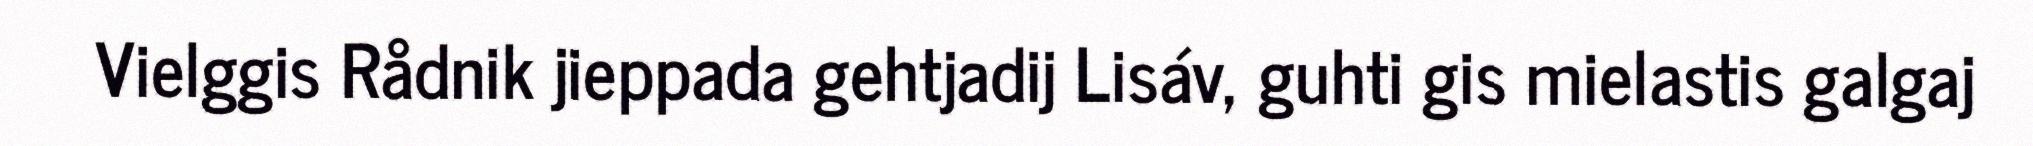
Vielggis Rådnik jieppada gehtjadij Lisáv, guhti gis mielastis galgaj